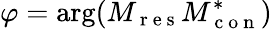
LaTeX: \varphi=\arg(M_{\mathrm{~r~e~s~}}M_{\mathrm{~c~o~n~}}^{*})